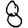
Digit: 8